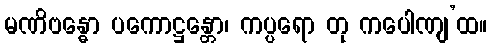
မဏိဗန္ဓော ပကောဋ္ဌန္တော၊ ကပ္ပရော တု ကပေါဏျ’ထ။